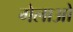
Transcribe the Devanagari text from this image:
गेलाओ